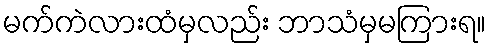
မက်ကဲလားထံမှလည်း ဘာသံမှမကြားရ။